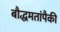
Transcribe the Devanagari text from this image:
बौद्धमतांपैकी